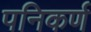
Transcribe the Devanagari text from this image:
पनिकर्ण